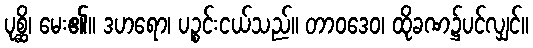
ပုစ္ဆိ၊ မေး၏။ ဒဟရော၊ ပဉ္စင်းငယ်သည်။ တာဝဒေဝ၊ ထိုခဏ၌ပင်လျှင်။